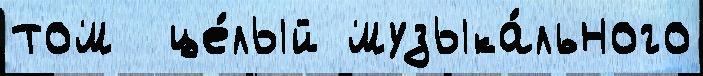
том  це́лый музыка́льного